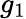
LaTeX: g_{1}